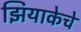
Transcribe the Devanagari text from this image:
झियाकेचे